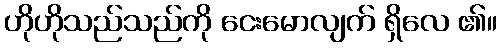
ဟိုဟိုသည်သည်ကို ငေးမောလျက် ရှိလေ ၏။